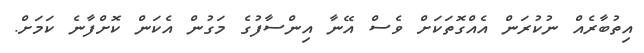
އިތުބާރެއް ނުކުރަން އެއްގޮތަކަށް ވެސް އޭނާ އިންސާފުގެ މަގުން އެކަން ކޮށްފާނެ ކަަމަށް.